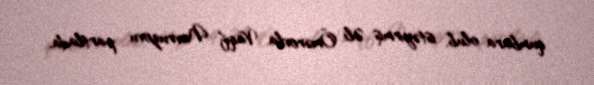
qumbara olub, istəyirmiş Əli Ömərovla Vaqif Novruzovu partlada.